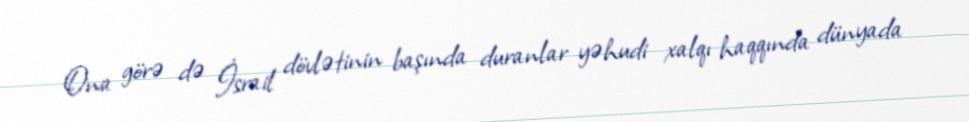
Ona görə də İsrail dövlətinin başında duranlar yəhudi xalqı haqqında dünyada